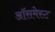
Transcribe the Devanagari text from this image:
ऑसमेस्ट